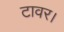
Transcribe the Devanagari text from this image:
टावर।